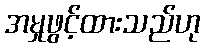
အမှုဖွင့်ထားသည်ဟု